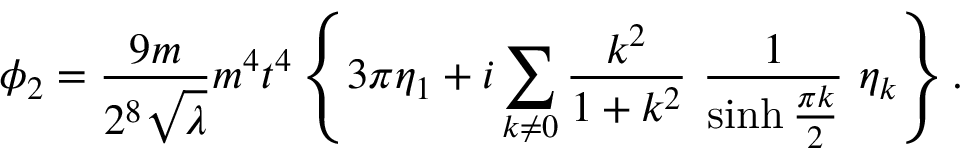
\phi _ { 2 } = \frac { 9 m } { 2 ^ { 8 } \sqrt \lambda } m ^ { 4 } t ^ { 4 } \left\{ 3 \pi \eta _ { 1 } + i \sum _ { k \not = 0 } \frac { k ^ { 2 } } { 1 + k ^ { 2 } } ~ \frac { 1 } { \sinh \frac { \pi k } { 2 } } ~ \eta _ { k } \right\} .